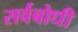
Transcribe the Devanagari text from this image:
सर्वबोधी